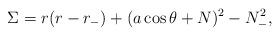
LaTeX: \begin{align*}\Sigma=r(r-r_-)+(a\cos\theta+N)^2 -N_-^2,\end{align*}